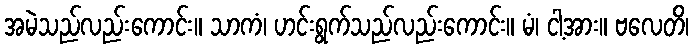
အမဲသည်လည်းကောင်း။ သာကံ၊ ဟင်းရွက်သည်လည်းကောင်း။ မံ၊ ငါ့အား။ ဗလေတိ၊